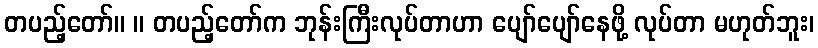
တပည့်တော်။ ။ တပည့်တော်က ဘုန်းကြီးလုပ်တာဟာ ပျော်ပျော်နေဖို့ လုပ်တာ မဟုတ်ဘူး၊